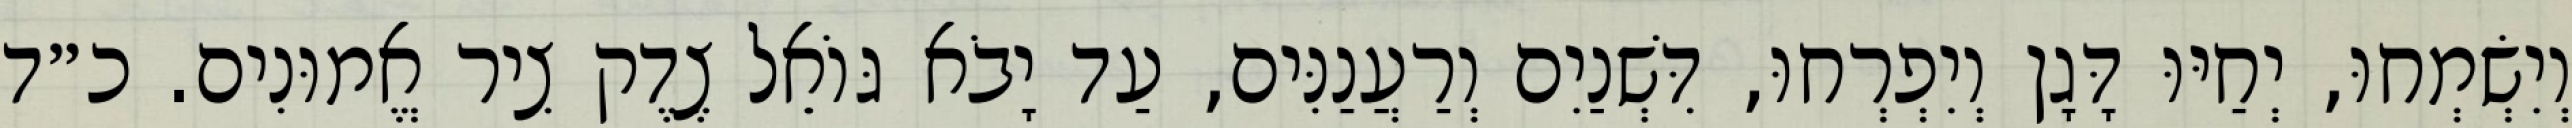
וְיִשְׂמְחוּ, יְחַיּוּ דָּגָן וְיִפְרְחוּ, דִּשְׁנַיִם וְרַעֲנַנִּים, עַד יָבֹא גּוֹאֵל צֶדֶק צִיר אֱמוּנִים. כ״ד